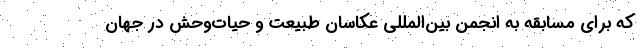
که برای مسابقه به انجمن بین‌المللی عکاسان طبیعت و حیات‌وحش در جهان